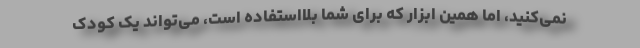
نمی‌کنید، اما همین ابزار که برای شما بلااستفاده است، می‌تواند یک کودک